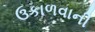
ઉકાળવાની